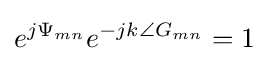
e^{j\Psi _{mn}}e^{-jk\angle G_{mn}}=1